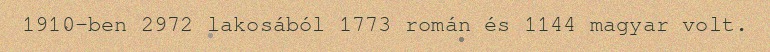
1910-ben 2972 lakosából 1773 román és 1144 magyar volt.